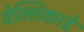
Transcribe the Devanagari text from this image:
वेल्लिकाडे